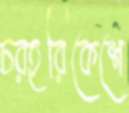
চরহরিকেশে